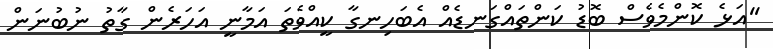
''އަޅެ ކޮންމެވެސް ބޮޑު ކަންތައްގަނޑެއް އެބަހިނގާ ކީއްވެތަ އަމާނީ އަހަރެން ގާތު ނުބުނަން